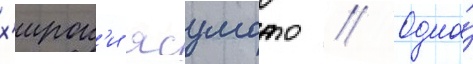
х'ирок'и ясумото // Одна́